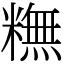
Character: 𥼣